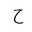
Letter: _ha